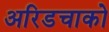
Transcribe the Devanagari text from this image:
अरिडचाको